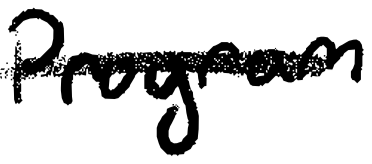
Text: program
Cross-out: single-line
Writing tool: digital_black